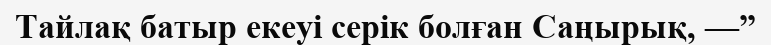
Тайлақ батыр екеуі серік болған Саңырық, —”